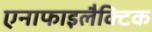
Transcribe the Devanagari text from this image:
एनाफाइलैक्टिक